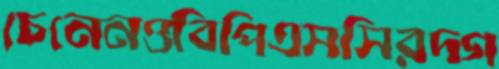
চেনেনওবিপিএসসিরদগ